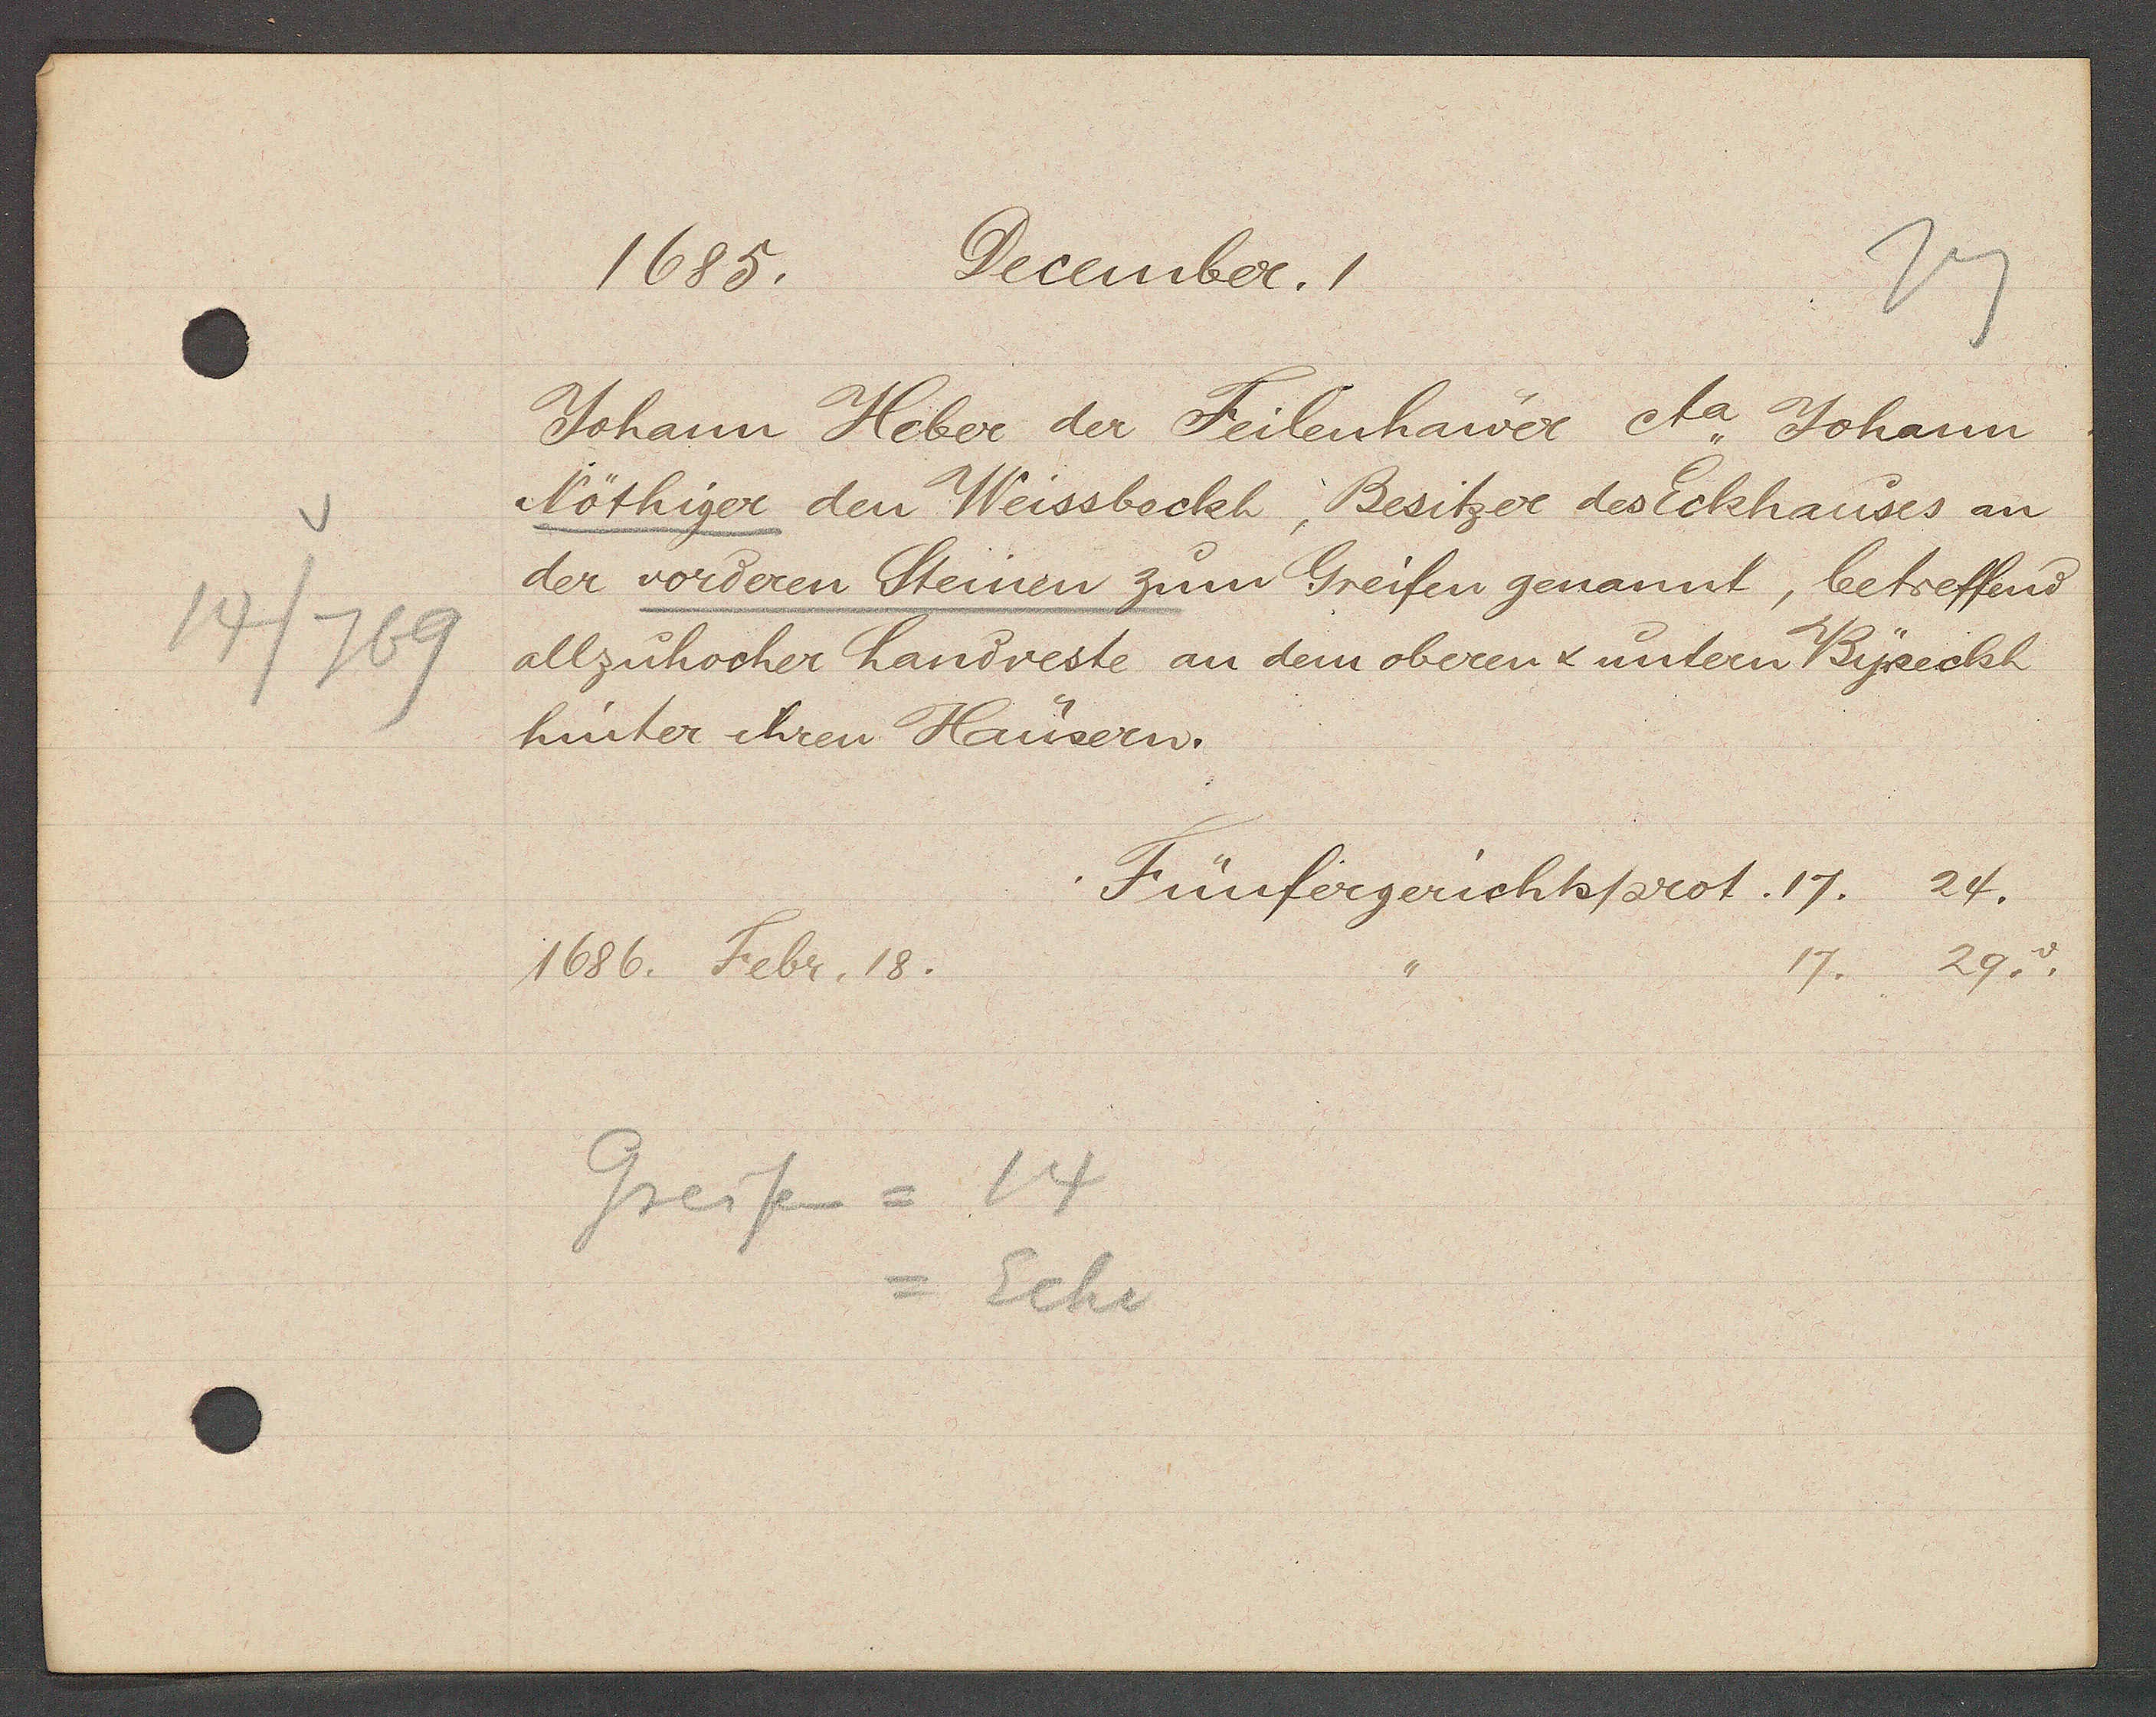
Transcript:
14/769

1688.
December. 1

Johann Heber der Feilenhawer eta. Johann
Nöthiger den Weissbeckh, Besitzer des Eckhauses an
der vorderen Steinen zum Greifen genannt, betreffend
allzuhocher handveste an dem oberen & untern Byseckh
hinter ihren Haüsern.

1686. Febr. 18.
Greifen = 14
= Ecke

Fünfergerichtsprot. 17. 24.

17. 29. v.